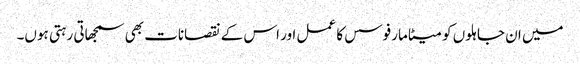
میں ان جاہلوں کو میٹامارفوسس کا عمل اور اس کے نقصانات بھی سمجھاتی رہتی ہوں۔